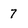
Character: 7